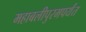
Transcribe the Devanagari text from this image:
महाबलीपुरमपर्यंत